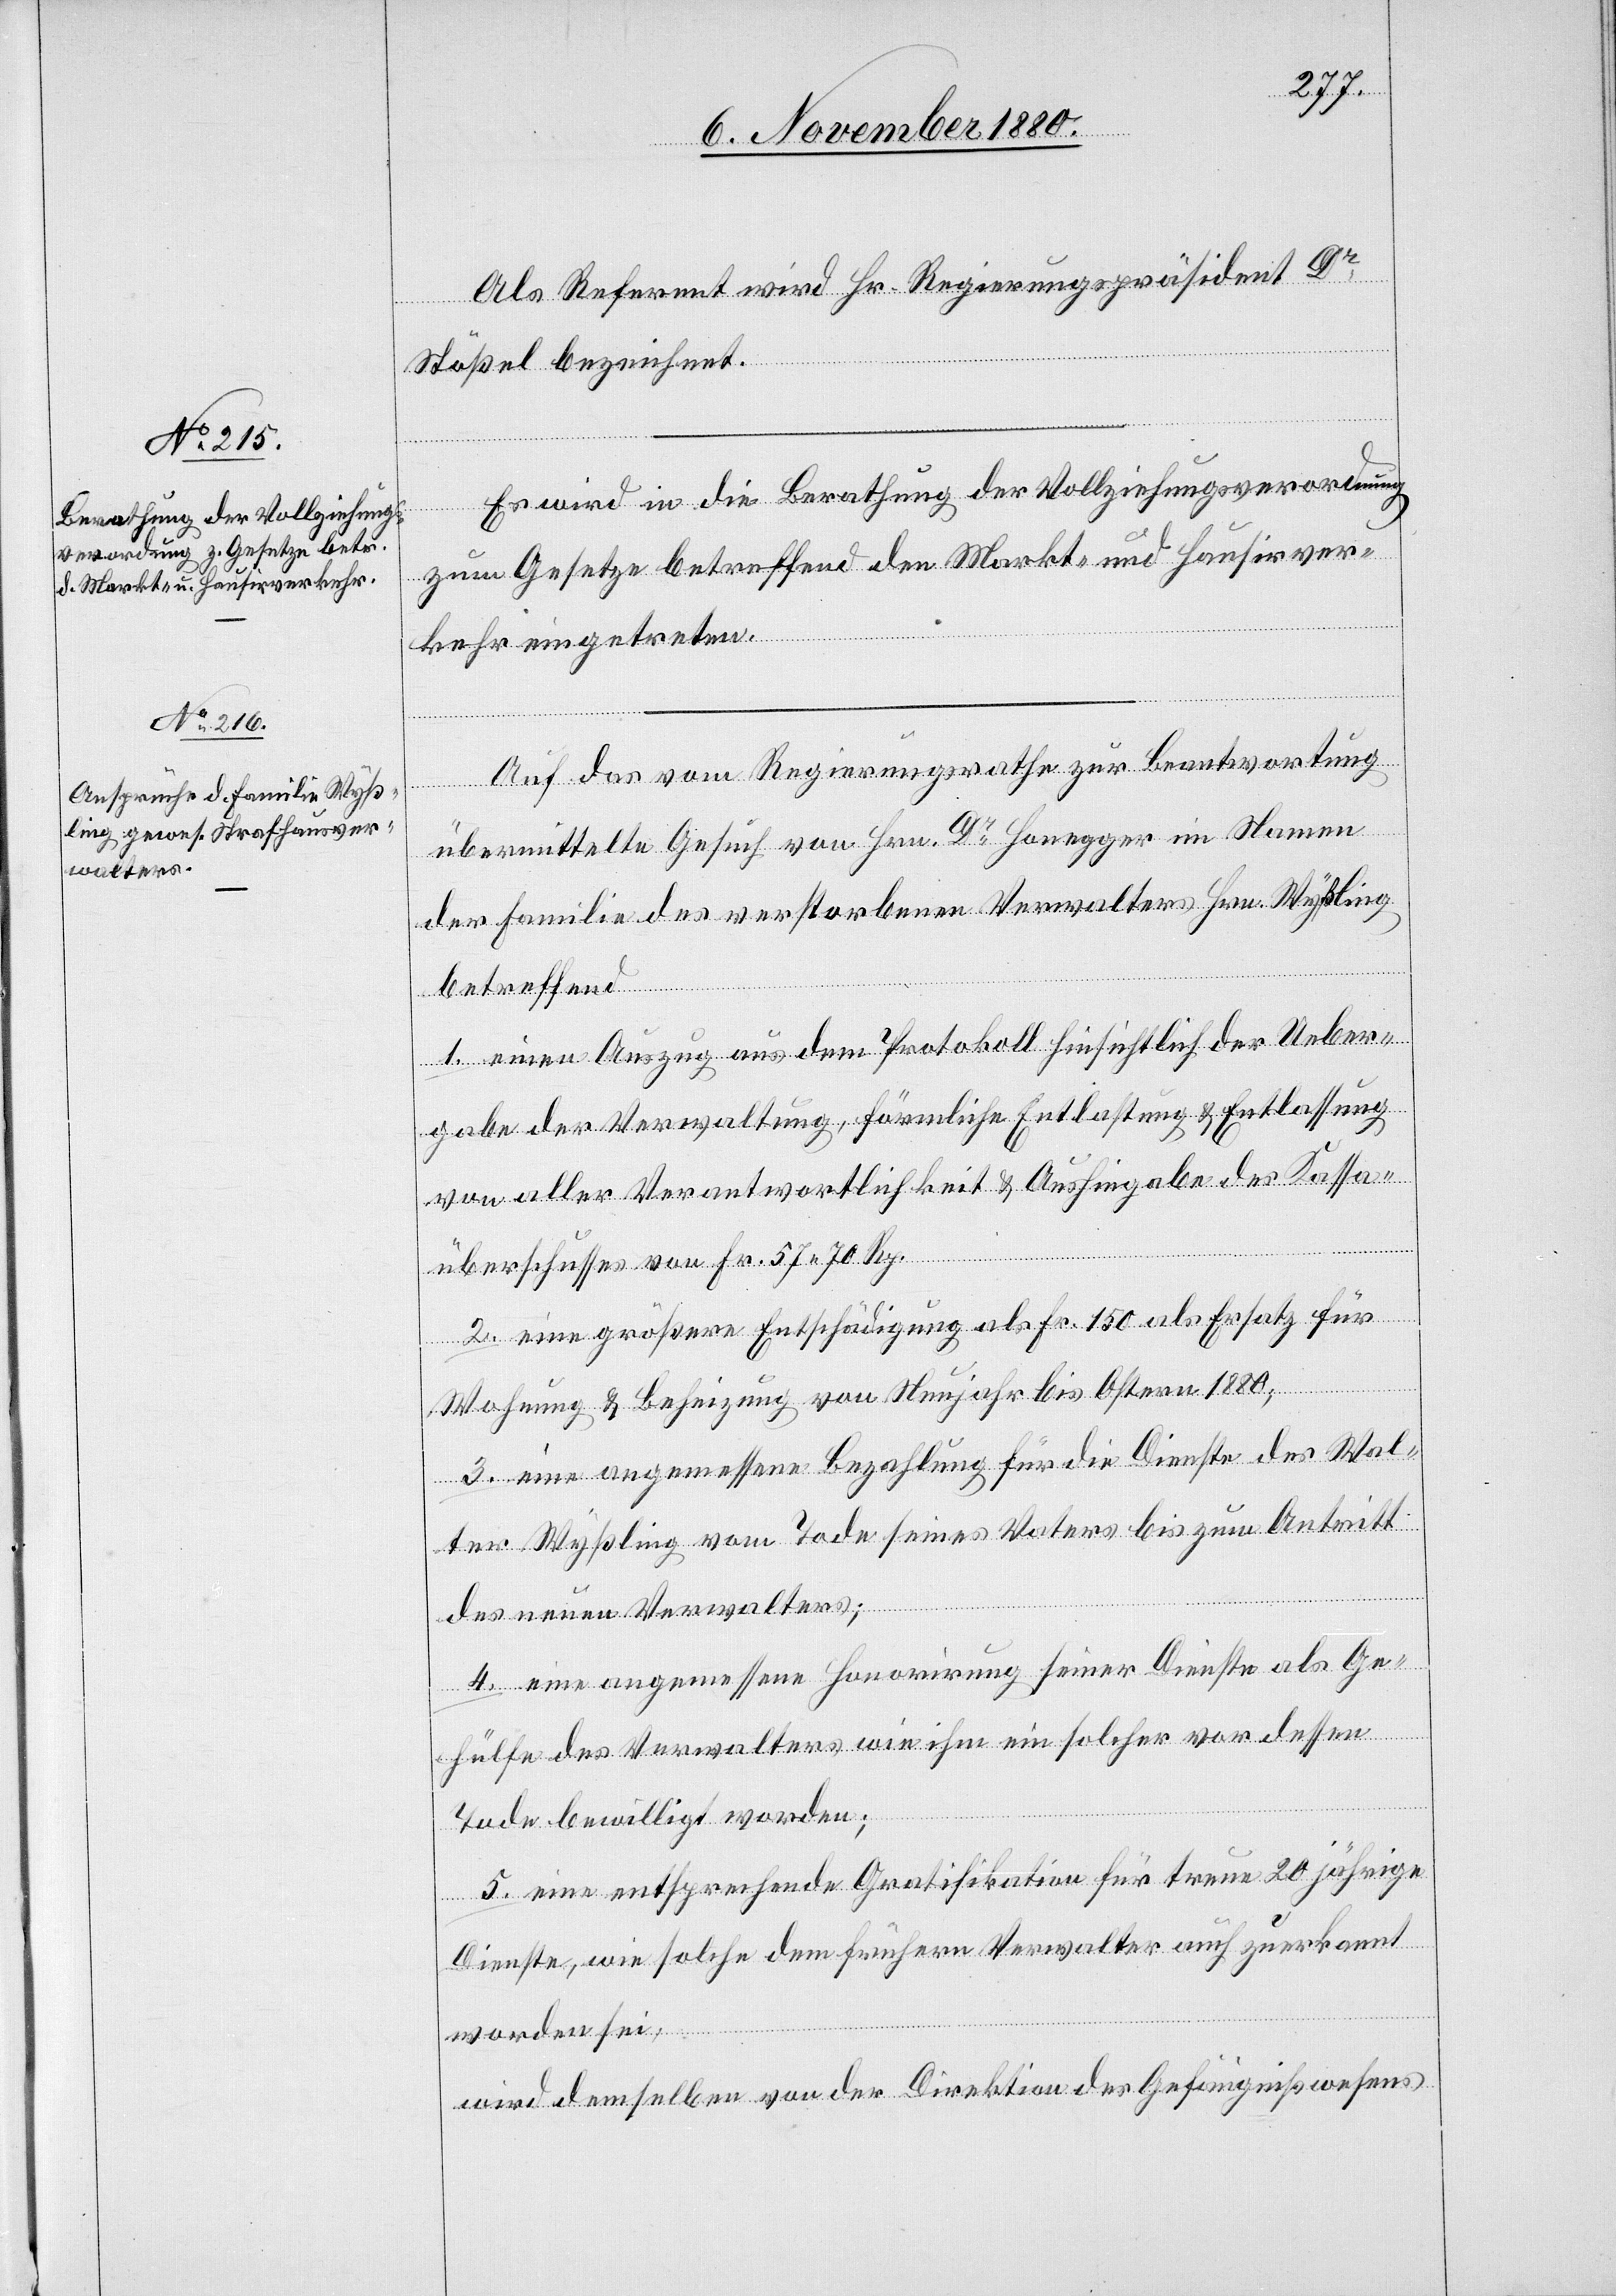
Als Referent wird Hr. Regierungspräsident Dr
Stößel bezeichnet.
Es wird in die Berathung der Vollziehungsverordnung
zum Gesetze betreffend den Markt- und Hausirver¬
kehr eingetreten.
Auf das vom Regierungsrathe zur Beantwortung
übermittelte Gesuch von Hrn. Dr Honegger im Namen
der Familie des verstorbenen Verwalters Hrn. Wyßling
betreffend
1. einen Auszug aus dem Protokoll hinsichtlich der Ueber¬
gabe der Verwaltung förmliche Entlastung & Entlassung
von aller Verantwortlichkeit & Aushingabe des Kassa¬
überschusses von Fr. 57 70 Rp.
2. eine größere Entschädigung als Fr. 150 als Ersatz für
Wohnung & Beheizung von Neujahr bis Ostern 1880;
3. eine angemessene Bezahlung für die Dienste des Wal¬
ter Wyßling vom Tode seines Vaters bis zum Antritt
des neuen Verwalters;
4. eine angemessene Honorirung seiner Dienste als Ge¬
hülfe des Verwalters wie ihm ein solcher vor dessen
Tode bewilligt worden;
5. eine entsprechende Gratifikation für treue 20jährige
Dienste, wie solche dem frühern Verwalter auch zuerkannt
worden sei,
wird demselben von der Direktion des Gefängnißwesens